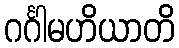
ဂင်္ဂါမဟိယာတိ